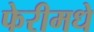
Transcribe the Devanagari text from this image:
फेरीमधे